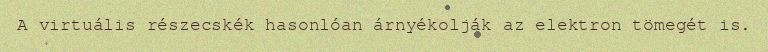
A virtuális részecskék hasonlóan árnyékolják az elektron tömegét is.